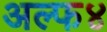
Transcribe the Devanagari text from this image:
अल्फ४